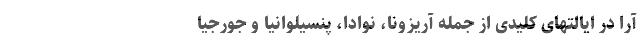
آرا در ایالتهای کلیدی از جمله آریزونا، نوادا، پنسیلوانیا و جورجیا